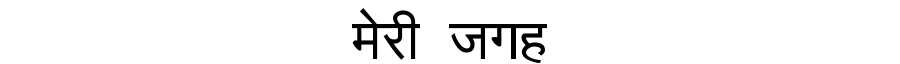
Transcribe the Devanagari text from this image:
मेरी जगह